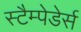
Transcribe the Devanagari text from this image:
स्टैम्पेडेर्स